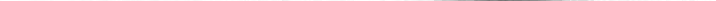
___